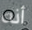
أنه